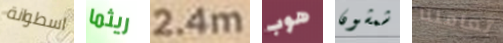
اسطوانة ريثما 2.4m هوب شمشون تعاملنا